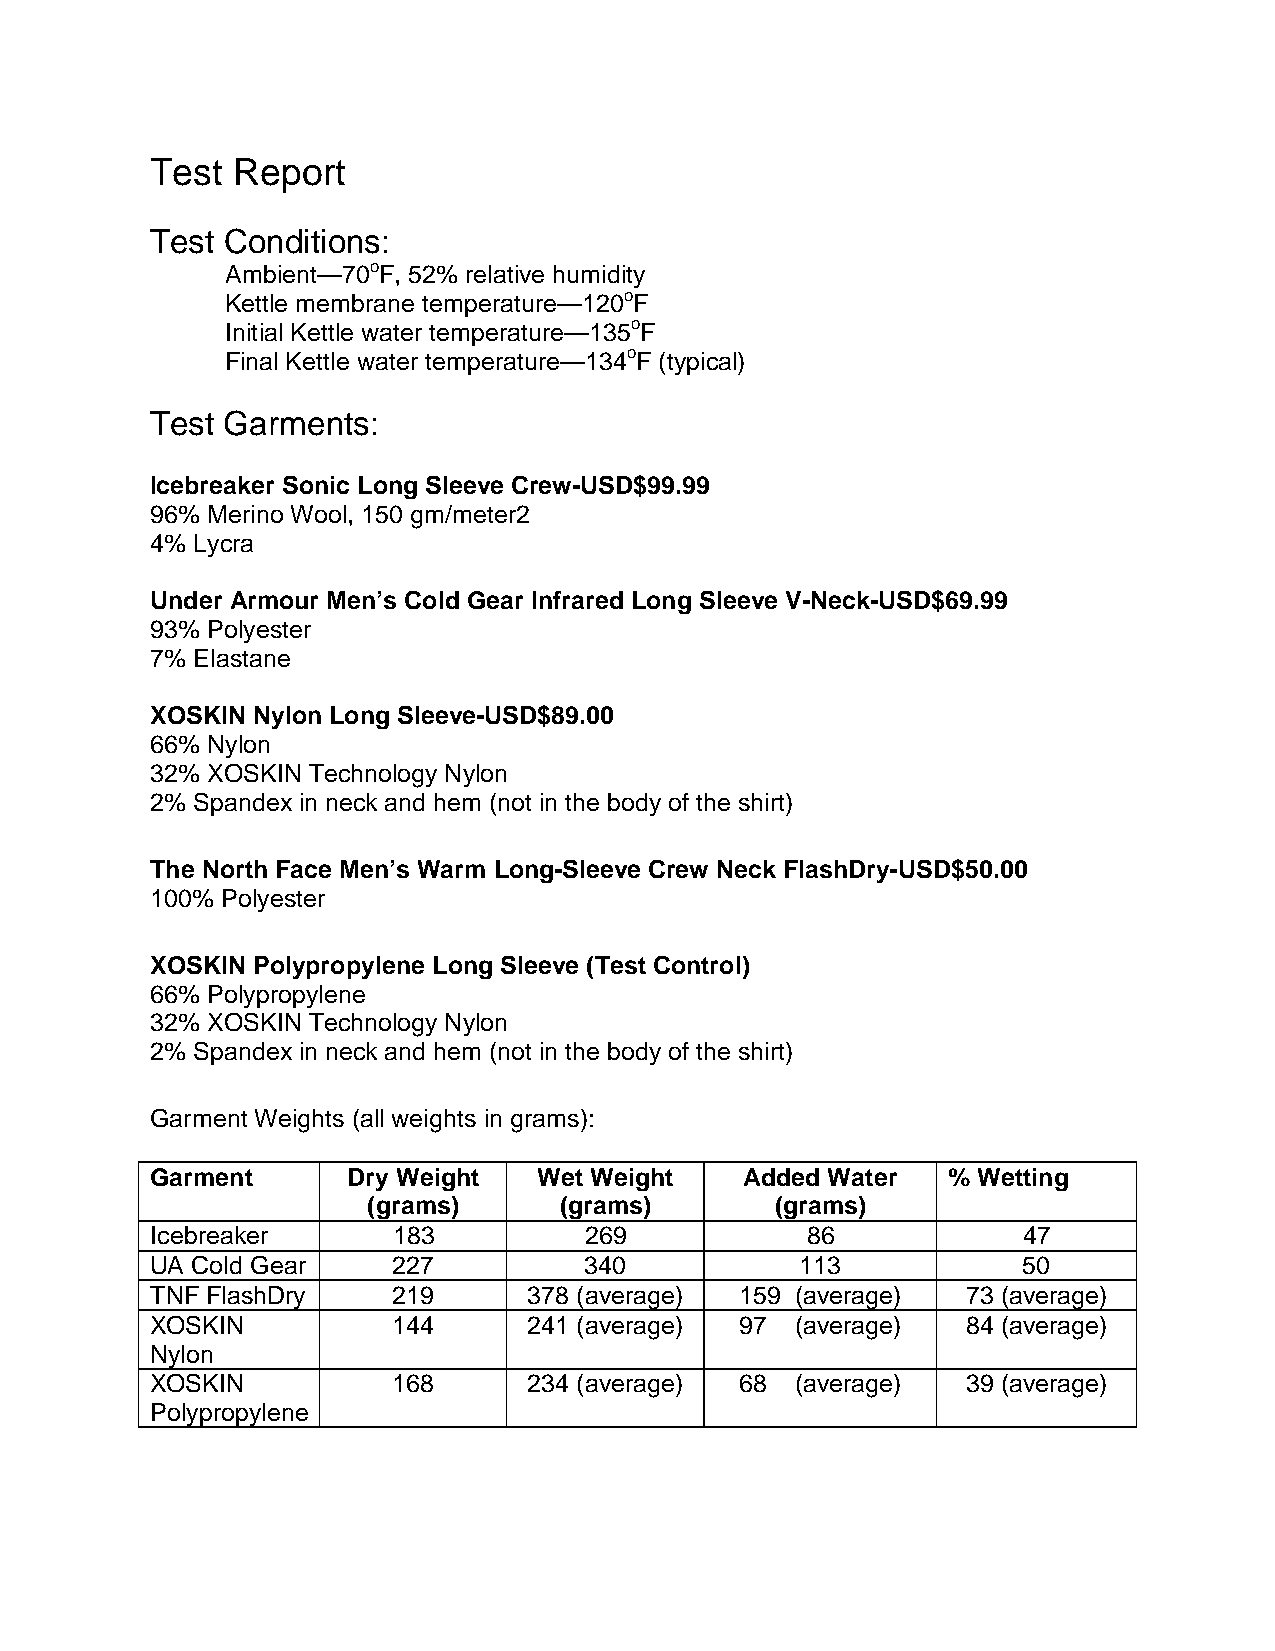
Test Report
 Test Conditions:
 Ambient—70oF, 52% relative humidity
 Kettle membrane temperature—120oF
 Initial Kettle water temperature—135oF
 Final Kettle water temperature—134oF (typical)
 Test Garments:
 Icebreaker Sonic Long Sleeve Crew-USD$99.99
 96% Merino Wool, 150 gm/meter2
 4% Lycra
 Under Armour Men’s Cold Gear Infrared Long Sleeve V-Neck-USD$69.99
 93% Polyester
 7% Elastane
 XOSKIN Nylon Long Sleeve-USD$89.00
 66% Nylon
 32% XOSKIN Technology Nylon
 2% Spandex in neck and hem (not in the body of the shirt)
 The North Face Men’s Warm Long-Sleeve Crew Neck FlashDry-USD$50.00
 100% Polyester
 XOSKIN Polypropylene Long Sleeve (Test Control)
 66% Polypropylene
 32% XOSKIN Technology Nylon
 2% Spandex in neck and hem (not in the body of the shirt)
 Garment Weights (all weights in grams):
 Garment      Dry Weight   Wet Weight   Added Water   % Wetting
 (grams)      (grams)       (grams)
 Icebreaker      183          269           86             47
 UA Cold Gear    227          340           113            50
 TNF FlashDry    219      378 (average) 159 (average)  73 (average)
 XOSKIN          144      241 (average) 97  (average)  84 (average)
 Nylon
 XOSKIN          168      234 (average) 68  (average)  39 (average)
 Polypropylene